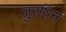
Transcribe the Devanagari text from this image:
तुरपिन